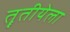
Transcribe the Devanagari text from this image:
तॄतीयेला